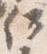
何